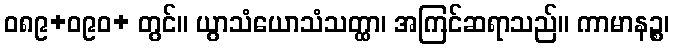
ဝ၈၉+ဝ၉၀+ တွင်။ ယွာသံယောသံသတ္ထာ၊ အကြင်ဆရာသည်။ ကာမာနဉ္စ၊